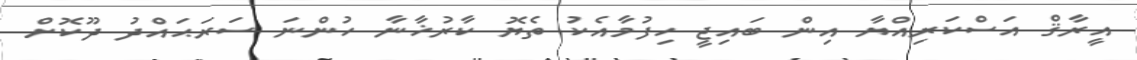
އީރާޤް އަސްކަރިއްޔާ އިން ބައިޖީ ހިފުމާއެކު ތެޔޮ ކާރުޚާނާ ހުންނަ ސަރަޙައްދު ދޫކޮށް